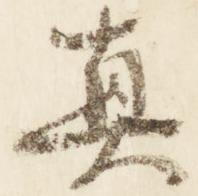
真